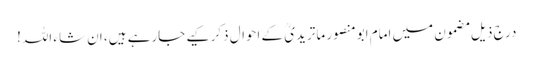
درج ذیل مضمون میں امام ابومنصور ماتریدیؒ کے احوال ذکر کیے جارہے ہیں، ان شاء اللہ!